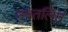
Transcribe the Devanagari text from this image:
नवतलित